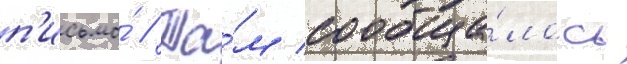
п'исьмо́ // Та́м сообща́лось